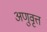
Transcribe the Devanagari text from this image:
अणुवृत्त